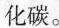
化碳。